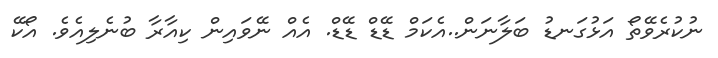
ނުކުރެވޭތޯ އަޅުގަނޑު ބަލާނަން..އެކަމް ޑޭޑް ޑޭޑް. އެއް ނޭވައިން ކިއާރާ ބުނެލިއެވެ. އޯކޭ